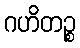
ဂဟိတဉ္စ